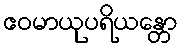
ဧဝမာယုပရိယန္တော